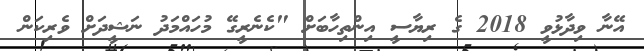
އޭނާ ވިދާޅުވީ 2018 ގެ ރިޔާސީ އިންތިހާބަށް "ކެނެރީގޭ މުހައްމަދު ނަޝީދަށް ވެރިކަން